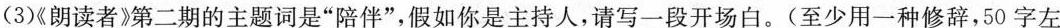
(3)《朗读者》第二期的主题词是”陪伴”，假如你是主持人，请写一段开场白。(至少用一种修辞，50字左